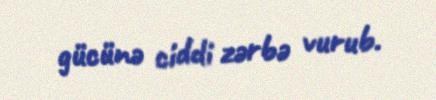
gücünə ciddi zərbə vurub.